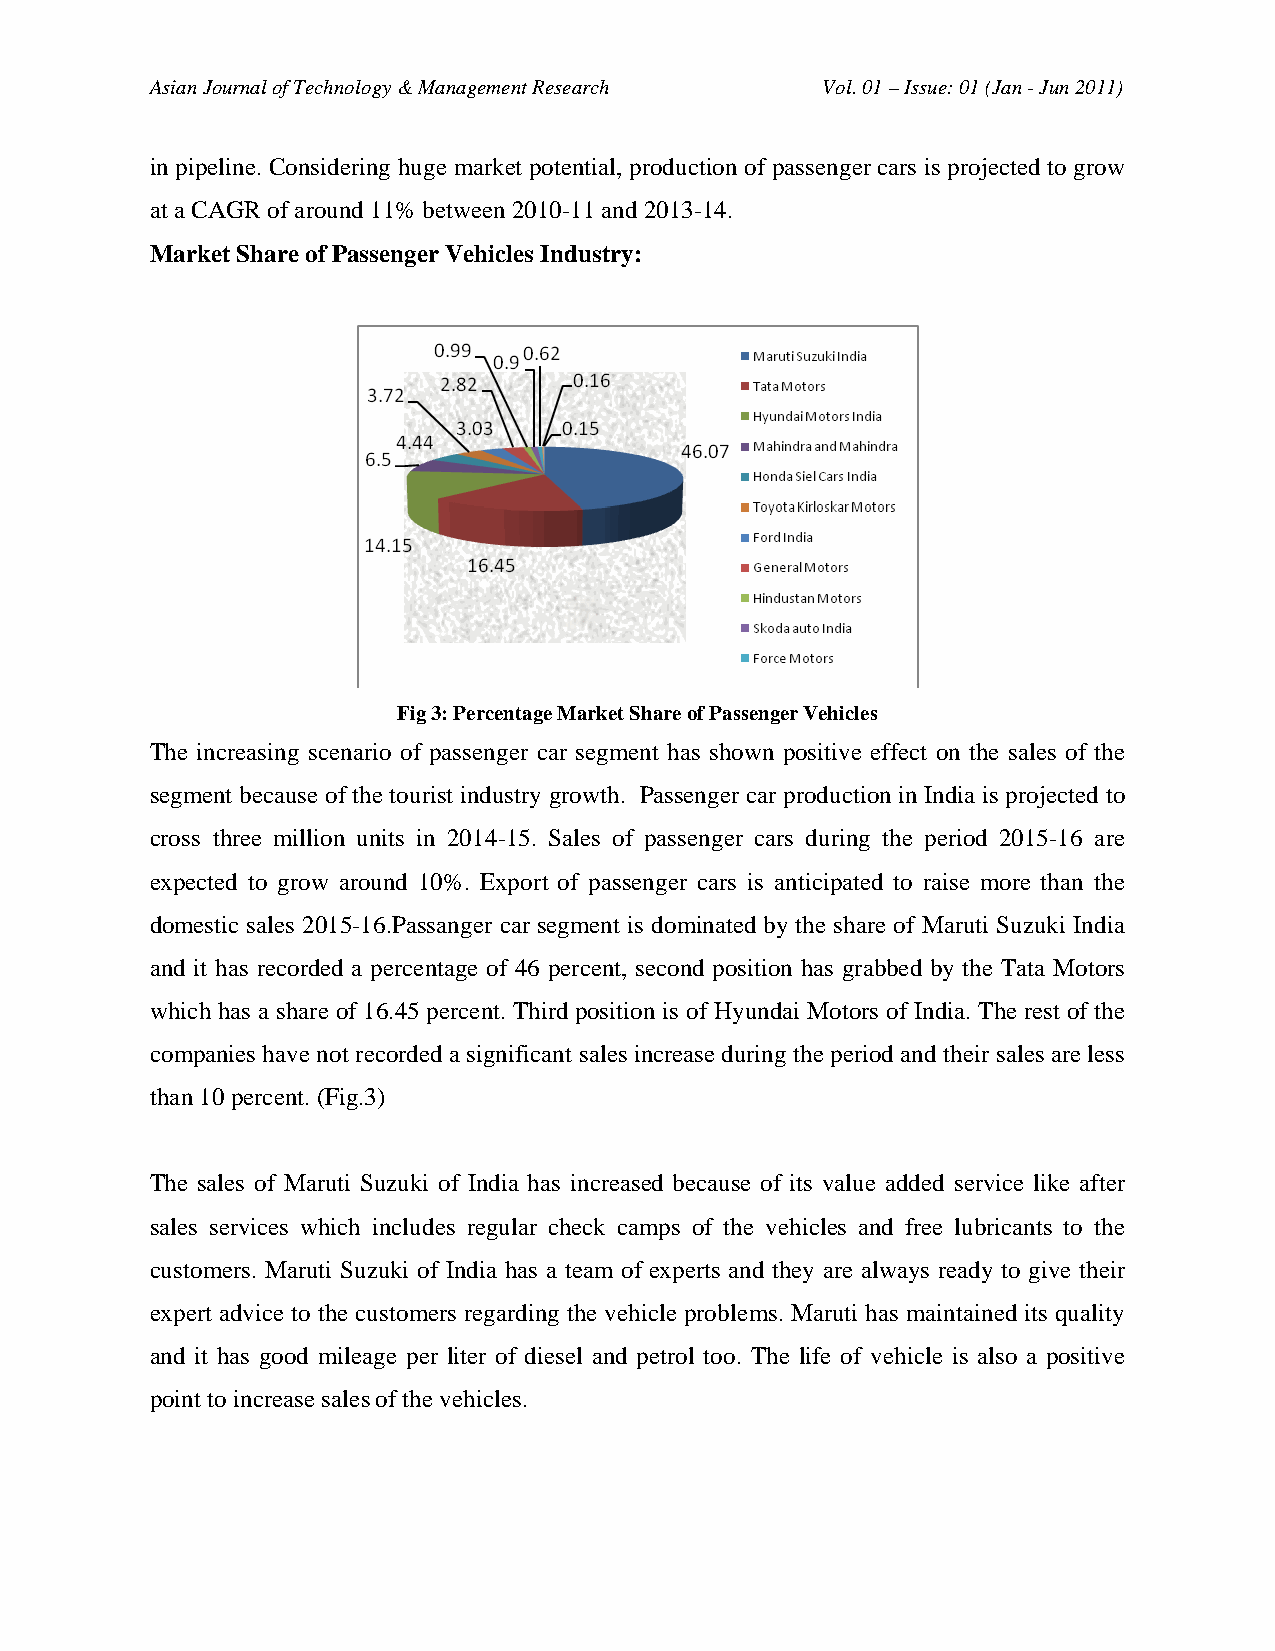
Asian Journal of Technology & Management Research Vol. 01 – Issue: 01 (Jan - Jun 2011)
 in pipeline. Considering huge market potential, production of passenger cars is projected to grow
 at a CAGR of around 11% between 2010-11 and 2013-14.
 Market Share of Passenger Vehicles Industry:
 Fig 3: Percentage Market Share of Passenger Vehicles
 The increasing scenario of passenger car segment has shown positive effect on the sales of the
 segment because of the tourist industry growth. Passenger car production in India is projected to
 cross three million units in 2014-15. Sales of passenger cars during the period 2015-16 are
 expected to grow around 10%. Export of passenger cars is anticipated to raise more than the
 domestic sales 2015-16.Passanger car segment is dominated by the share of Maruti Suzuki India
 and it has recorded a percentage of 46 percent, second position has grabbed by the Tata Motors
 which has a share of 16.45 percent. Third position is of Hyundai Motors of India. The rest of the
 companies have not recorded a significant sales increase during the period and their sales are less
 than 10 percent. (Fig.3)
 The sales of Maruti Suzuki of India has increased because of its value added service like after
 sales services which includes regular check camps of the vehicles and free lubricants to the
 customers. Maruti Suzuki of India has a team of experts and they are always ready to give their
 expert advice to the customers regarding the vehicle problems. Maruti has maintained its quality
 and it has good mileage per liter of diesel and petrol too. The life of vehicle is also a positive
 point to increase sales of the vehicles.